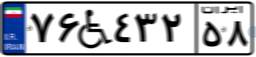
۴۴W۳۵۲۷۸